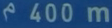
400m